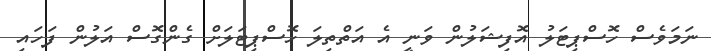
ނަމަވެސް ހޮސްޕިޓަލު އޮފިޝަލުން ވަނީ އެ އަތްތިލަ ހޮސްޕިޓަލަށް ގެންގޮސް އަލުން ފަހައި